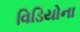
વિડિયોના